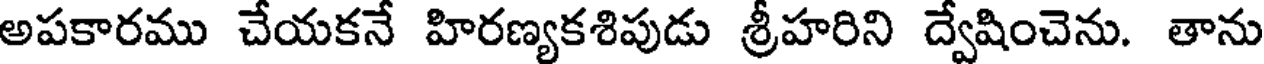
అపకారము చేయకనే హిరణ్యకశిపుడు శ్రీహరిని ద్వేషించెను. తాను